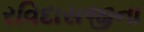
રવિદાસજીના